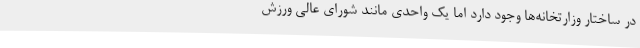
در ساختار وزارتخانه‌ها وجود دارد اما یک واحدی مانند شورای عالی ورزش